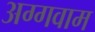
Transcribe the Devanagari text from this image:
अग्गवाम